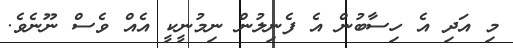
މި އަދި އެ ހިސާބުން އެ ފެނިލުން ނިމުނީކީ އެއް ވެސް ނޫނެވެ.